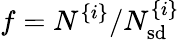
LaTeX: f=N^{\{ i\} }/N_{\mathrm{sd}}^{\{ i\} }